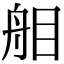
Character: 𦨧